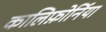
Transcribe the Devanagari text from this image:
कालिफ़ोर्निया